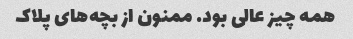
همه چیز عالی بود. ممنون از بچه‌های پلاک